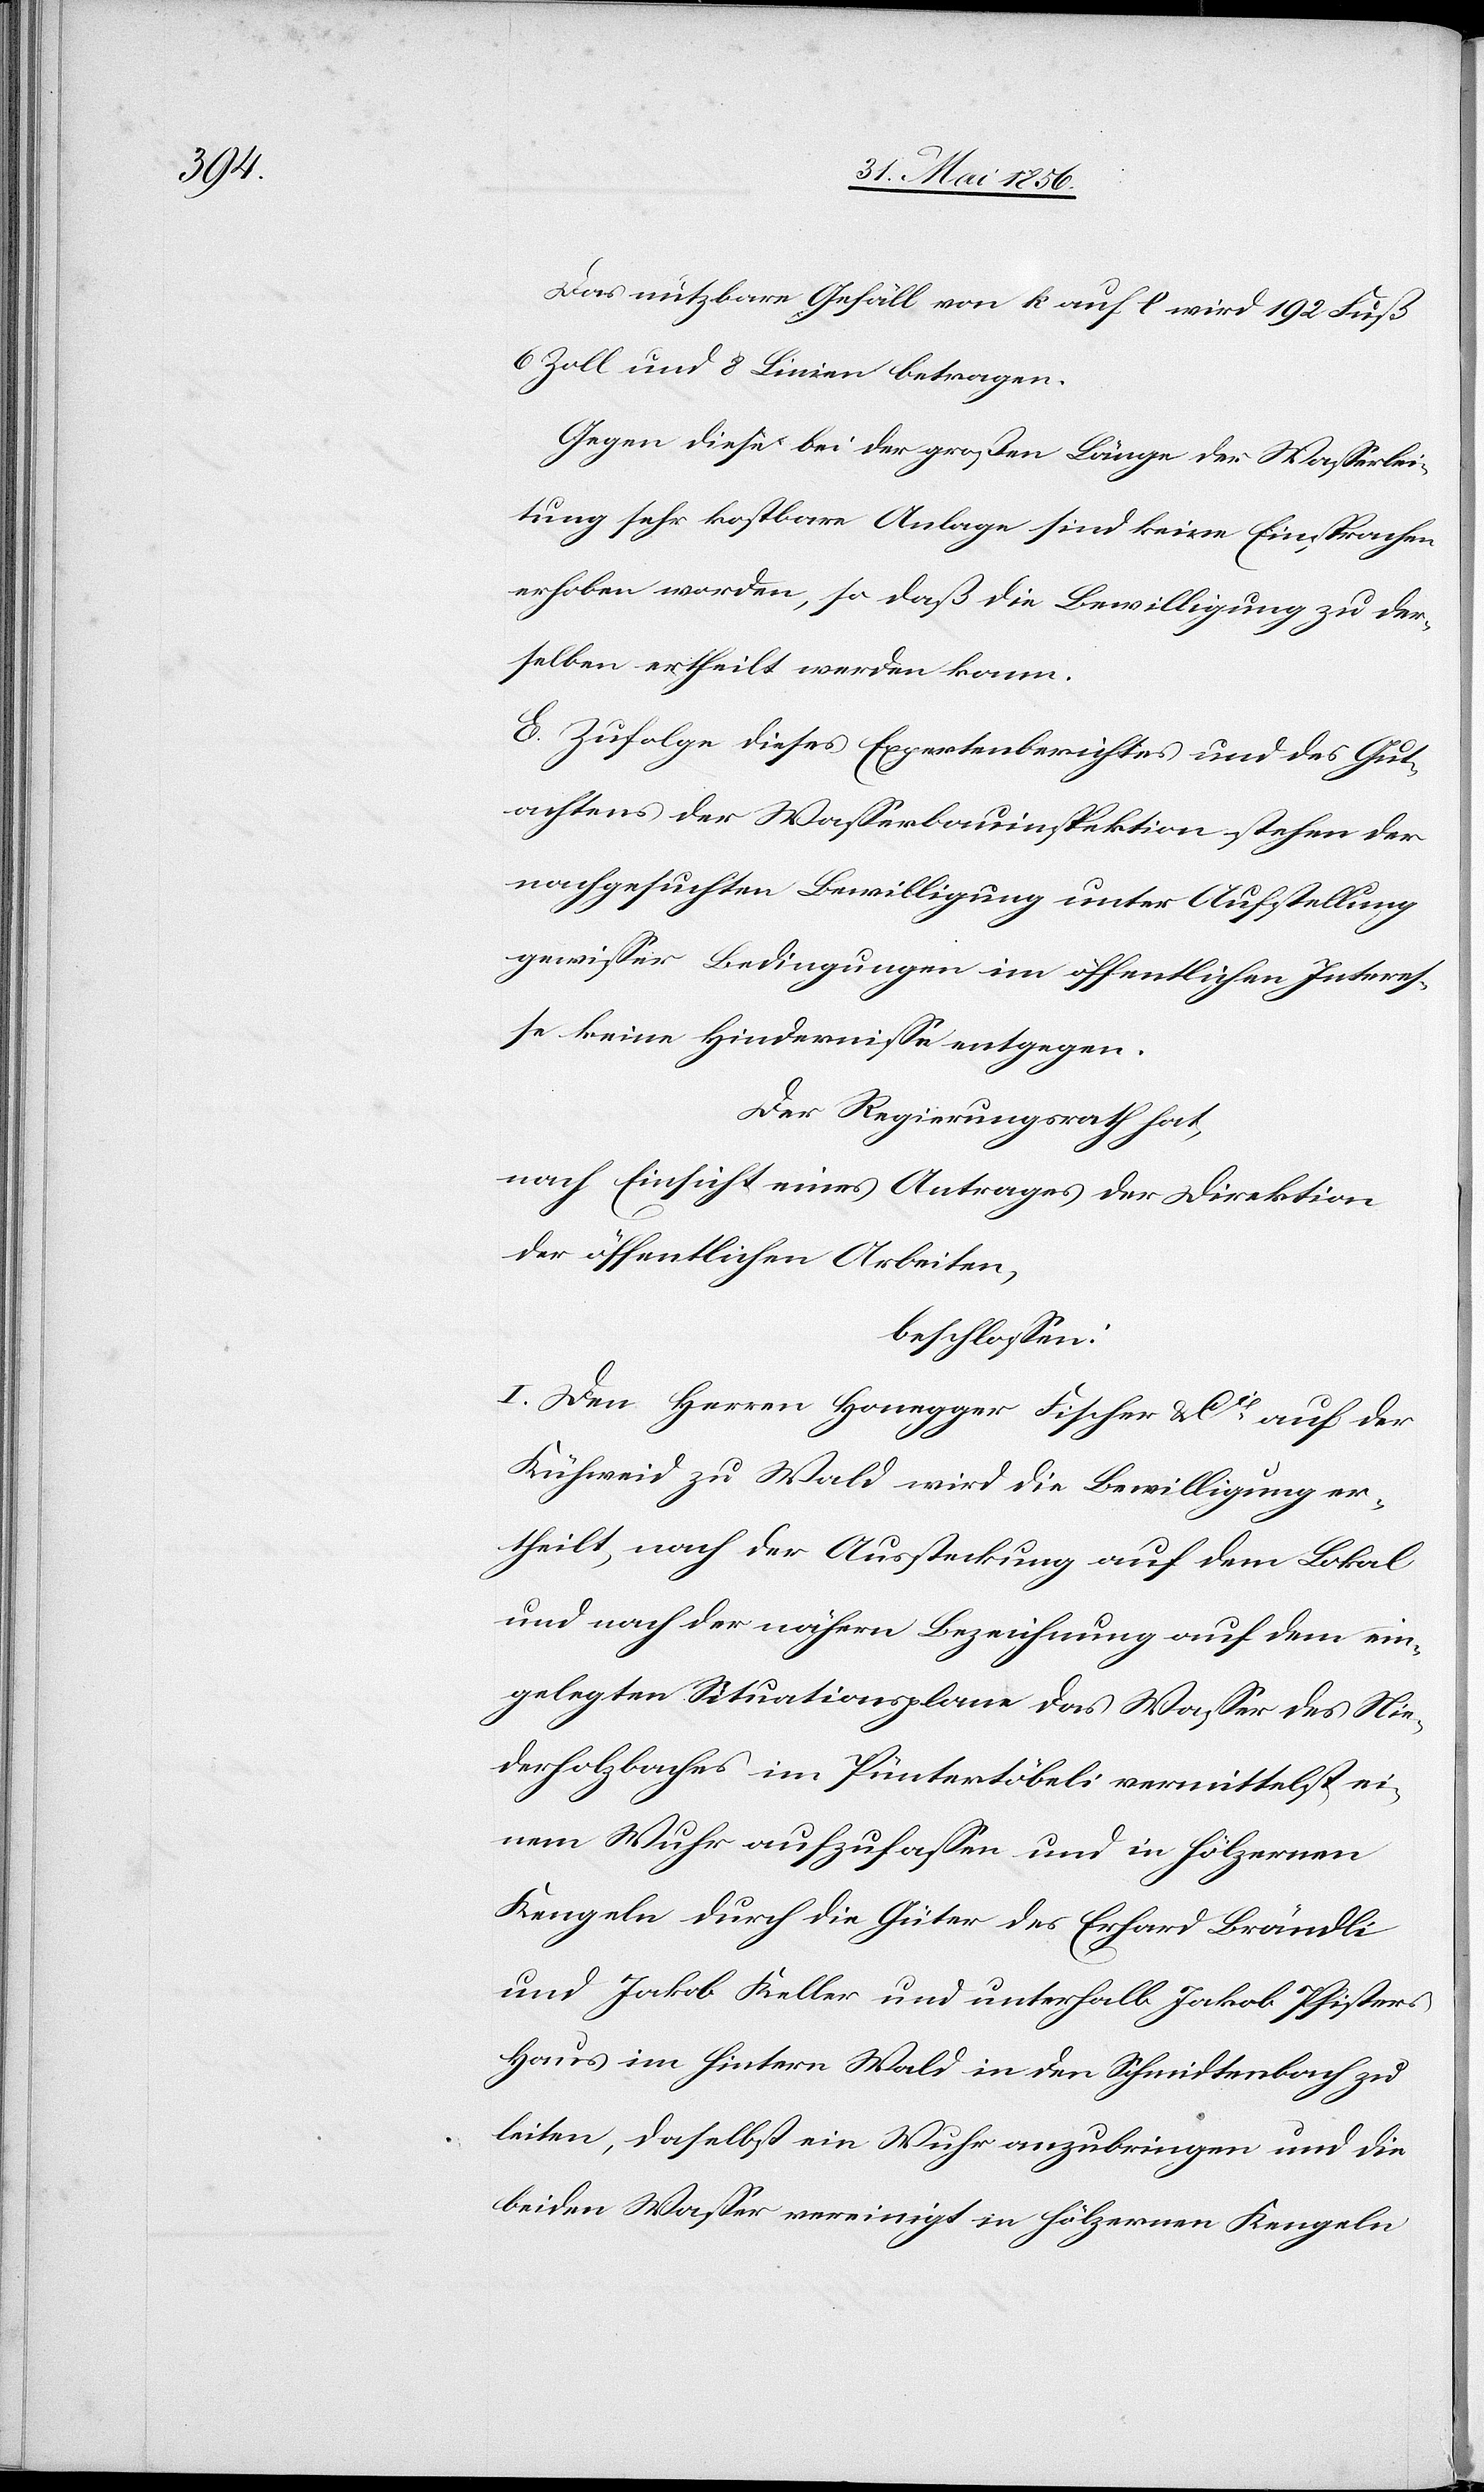
Das nutzbare Gefäll von k auf l wird 192 Fuß
6 Zoll und 8 Linien betragen.
Gegen diese bei der großen Länge der Wasserlei¬
tung sehr kostbare Anlage sind keine Einsprachen
erhoben worden, so daß die Bewilligung zu der¬
selben ertheilt werden kann.
E. Zufolge dieses Expertenberichtes und des Gut¬
achtens der Wasserbauinspektion stehen der
nachgesuchten Bewilligung unter Aufstellung
gewisser Bedingungen im öffentlichen Interes¬
se keine Hindernisse entgegen.
Der Regierungsrath hat,
nach Einsicht eines Antrages der Direktion
der öffentlichen Arbeiten,
beschlossen:
I. Den Herren Honegger Fischer & Cie auf der
Kühweid zu Wald wird die Bewilligung er¬
theilt, nach der Aussteckung auf dem Lokal
und nach der nähern Bezeichnung auf dem ein¬
gelegten Situationsplane das Wasser des Nie¬
derholzbaches im Püntertöbeli vermittelst ei¬
nem Wuhr aufzufassen und in hölzernen
Kengeln durch die Güter des Erhard Brändli
und Jakob Keller und unterhalb Jakob Pfisters
Haus im hintern Wald in den Schmidtenbach zu
leiten, daselbst ein Wuhr anzubringen und die
beiden Wasser vereinigt in hölzernen Kengeln